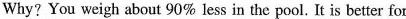
Why? You weigh about 90% less in the pool. It is better for